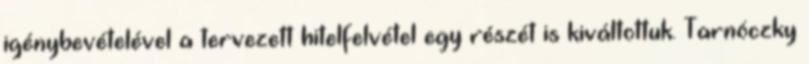
igénybevételével a tervezett hitelfelvétel egy részét is kiváltottuk. Tarnóczky